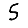
Digit: 5